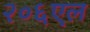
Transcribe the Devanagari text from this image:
२०६एल